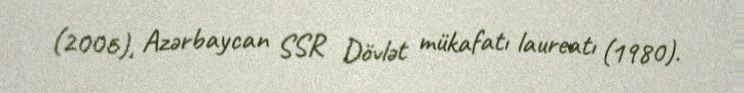
(2006), Azərbaycan SSR Dövlət mükafatı laureatı (1980).